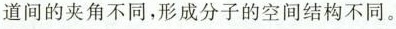
道间的夹角不同，形成分子的空间结构不同。